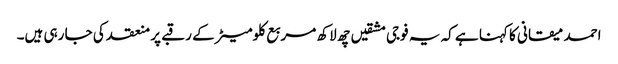
احمد میقانی کا کہنا ہے کہ یہ فوجی مشقیں چھ لاکھ مربع کلومیٹر کے رقبے پر منعقد کی جا رہی ہیں۔